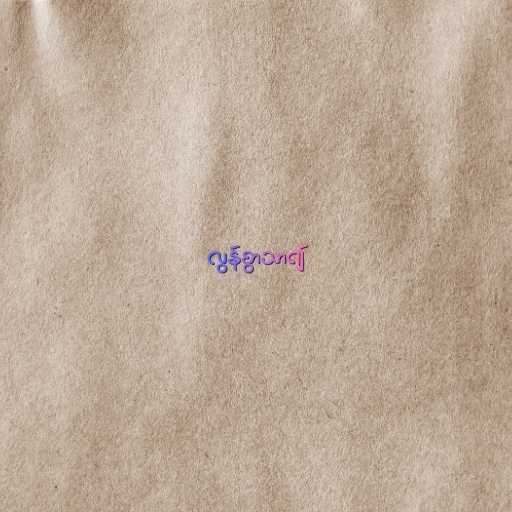
လွန်စွာသာ၍